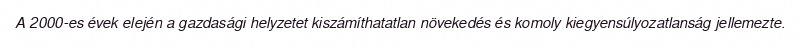
A 2000-es évek elején a gazdasági helyzetet kiszámíthatatlan növekedés és komoly kiegyensúlyozatlanság jellemezte.